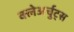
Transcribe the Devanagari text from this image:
क्लेअर्चुट्स